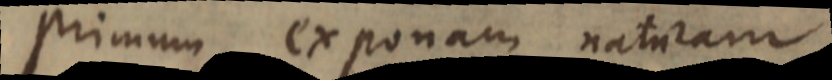
Primum exponam naturam